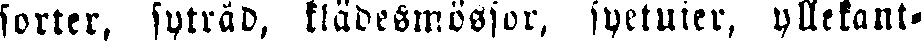
sorter, syträd, klädesmössor, syetuier, yllekant-